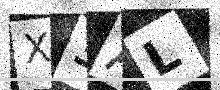
Text: X3AL